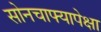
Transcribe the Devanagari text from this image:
सोनचाफ्यापेक्षा